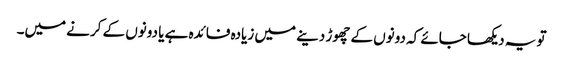
تو یہ دیکھا جائے کہ دونوں کے چھوڑ دینے میں زیادہ فائدہ ہے یا دونوں کے کرنے میں۔